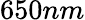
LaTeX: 650nm